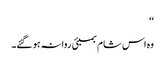
‘‘
وہ اس شام بمبئی روانہ ہو گئے۔